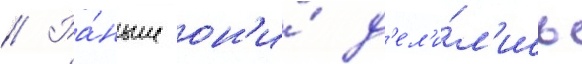
// Ра́ньше он'и́ д'ел'и́л'ись